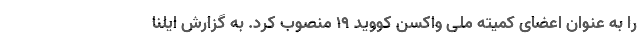
را به عنوان اعضای کمیته ملی واکسن کووید ۱۹ منصوب کرد. به گزارش ایلنا